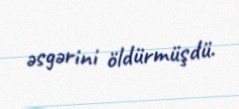
əsgərini öldürmüşdü.